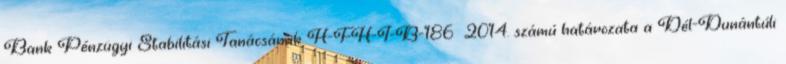
Bank Pénzügyi Stabilitási Tanácsának H-FH-I-B-186 2014. számú határozata a Dél-Dunántúli